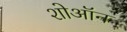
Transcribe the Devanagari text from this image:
शोऑन